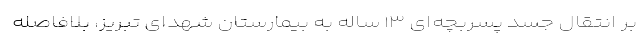
بر انتقال جسد پسربچه‌ای ۱۳ ساله به بیمارستان شهدای تبریز، بلافاصله